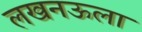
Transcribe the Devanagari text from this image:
लखनऊला